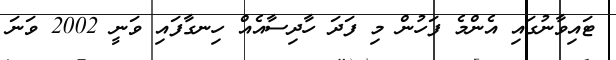
ޓައިވާނުގައި އެންމެ ފަހުން މި ފަދަ ހާދިސާއެއް ހިނގާފައި ވަނީ 2002 ވަނަ